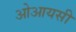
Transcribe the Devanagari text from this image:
ओआयसी